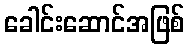
ခေါင်းဆောင်အဖြစ်